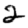
Digit: 2